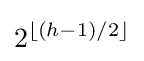
2^{\lfloor (h-1)/2\rfloor }